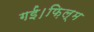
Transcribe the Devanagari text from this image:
गई।फ़िल्म